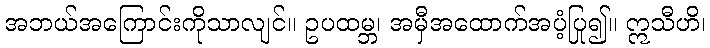
အဘယ်အကြောင်းကိုသာလျင်။ ဥပထမ္ဘ၊ အမှီအထောက်အပံ့ပြု၍။ ဣသီဟိ၊